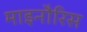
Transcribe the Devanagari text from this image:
माइनौरिस